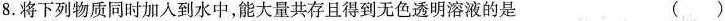
8.将下列物质同时加人到水中,能大量共存且得到无色透明溶液的是 ( )